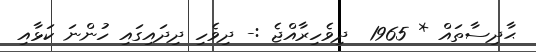
ޙާދިސާތައް * 1965  ދިވެހިރާއްޖެ :- ދިވެހި ދިދައިގައި ހުންނަ ކަޅާއި